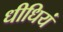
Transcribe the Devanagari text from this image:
धीधियं